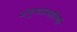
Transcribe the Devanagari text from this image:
अंगुष्ठप्रसारिणी